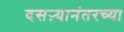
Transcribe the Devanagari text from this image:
दसऱ्यानंतरच्या